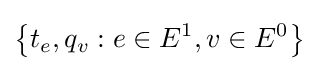
\left\{t_{e},q_{v}:e\in E^{1},v\in E^{0}\right\}